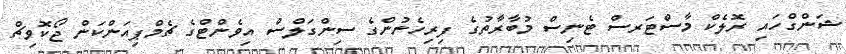
ޝަންގްހައި ރޮލެކް މާސްޓަރސް ޓެނިސް މުބާރާތުގެ ފިރިހެނުންގެ ސިންގަލްސް އިވެންޓްގެ ޗެމްޕިއަންކަން ޖޯކޮވިޗް